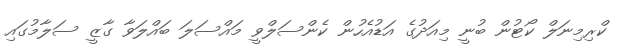
ކްރިމިނަލް ކޯޓުން ބުނީ މިއަދުގެ އަޑުއެހުން ކެންސަލްވީ މައްސަލަ ބައްލަވާ ގާޒީ ސަލާމުގައި